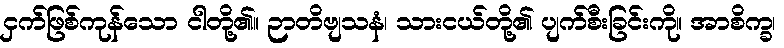
ငှက်ဖြစ်ကုန်သော ငါတို့၏။ ဉာတိဗျသနံ၊ သားငယ်တို့၏ ပျက်စီးခြင်းကို။ အာစိက္ခ၊